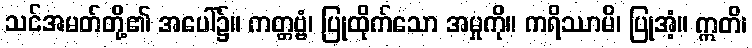
သင်အမတ်တို့၏ အပေါ်၌။ ကတ္တဗ္ဗံ၊ ပြုထိုက်သော အမှုကို။ ကရိဿာမိ၊ ပြုအံ့။ ဣတိ၊